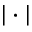
| \cdot |